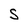
Character: S